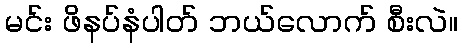
မင်း ဖိနပ်နံပါတ် ဘယ်လောက် စီးလဲ။